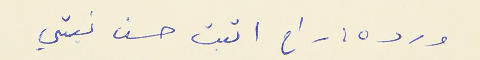
ورده : راح اثبت حسن نيتي